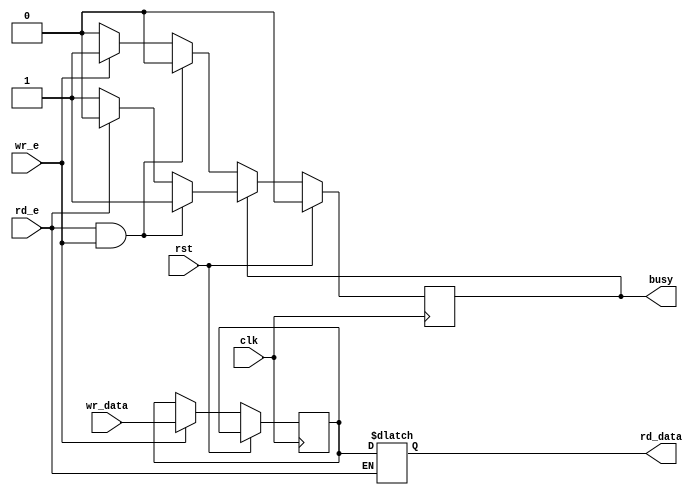
module fifo #(parameter
    WIDTH = 2
    )
(
    input clk,
    input rst,
    input wr_e,
    input [WIDTH-1:0] wr_data,
    input rd_e,
    output reg [WIDTH-1:0] rd_data,
    output reg busy
);

    reg [WIDTH-1:0] p1_data, p1_data_nxt;
    reg busy_nxt;

    always @(posedge clk) begin
        if (rst) begin
            busy <= 1'b0;
        end else begin
            p1_data <= wr_e ? wr_data : p1_data;
            busy <= busy_nxt;
        end
    end

    always @(*) begin
        if (busy)
            busy_nxt = (rd_e && wr_e) ? 1'b1 : rd_e ? 1'b0 : busy;
        else
            busy_nxt = (rd_e && wr_e) ? 1'b0 : wr_e ? 1'b1 : busy;
        rd_data = rd_e ? p1_data : rd_data;
    end

endmodule